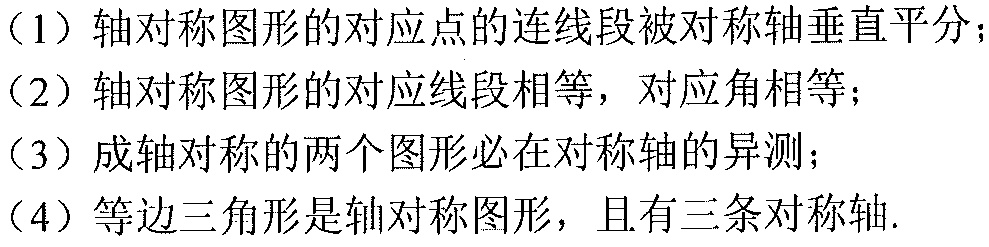
（1）轴对称图形的对应点的连线段被对称轴垂直平分；
（2）轴对称图形的对应线段相等，对应角相等；
（3）成轴对称的两个图形必在对称轴的异测；
（4）等边三角形是轴对称图形，且有三条对称轴.